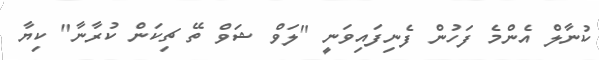
ކުނާލް އެންމެ ފަހުން ފެނިފައިވަނީ "ލަވް ޝަވް ތޭ ޗިކަން ކުރާނާ" ކިޔާ